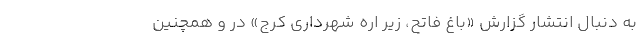
به دنبال انتشار گزارش «باغ فاتح، زیر اره شهرداری کرج» در و همچنین